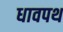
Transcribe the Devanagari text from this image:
धावपथ